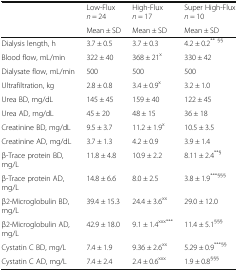
<table><thead><tr><td></td><td><b>Low-Flux<i>n</i> = 24</b></td><td><b>High-Flux<i>n</i> = 17</b></td><td><b>Super High-Flux<i>n</i> = 10</b></td></tr><tr><td></td><td><b>Mean ± SD</b></td><td><b>Mean ± SD</b></td><td><b>Mean ± SD</b></td></tr></thead><tbody><tr><td>Dialysis length, h</td><td>3.7 ± 0.5</td><td>3.7 ± 0.3</td><td>4.2 ± 0.2<sup>** §§</sup></td></tr><tr><td>Blood flow, mL/min</td><td>322 ± 40</td><td>368 ± 21<sup>x</sup></td><td>330 ± 42</td></tr><tr><td>Dialysate flow, mL/min</td><td>500</td><td>500</td><td>500</td></tr><tr><td>Ultrafiltration, kg</td><td>2.8 ± 0.8</td><td>3.4 ± 0.9<sup>x</sup></td><td>3.2 ± 1.0</td></tr><tr><td>Urea BD, mg/dL</td><td>145 ± 45</td><td>159 ± 40</td><td>122 ± 45</td></tr><tr><td>Urea AD, mg/dL</td><td>45 ± 20</td><td>48 ± 15</td><td>36 ± 18</td></tr><tr><td>Creatinine BD, mg/dL</td><td>9.5 ± 3.7</td><td>11.2 ± 1.9<sup>x</sup></td><td>10.5 ± 3.5</td></tr><tr><td>Creatinine AD, mg/dL</td><td>3.7 ± 1.3</td><td>4.2 ± 0.9</td><td>3.9 ± 1.4</td></tr><tr><td>β-Trace protein BD, mg/L</td><td>11.8 ± 4.8</td><td>10.9 ± 2.2</td><td>8.11 ± 2.4<sup>**§</sup></td></tr><tr><td>β-Trace protein AD, mg/L</td><td>14.8 ± 6.6</td><td>8.0 ± 2.5</td><td>3.8 ± 1.9<sup>***§§§</sup></td></tr><tr><td>β2-Microglobulin BD, mg/L</td><td>39.4 ± 15.3</td><td>24.4 ± 3.6<sup>xx</sup></td><td>29.0 ± 12.0</td></tr><tr><td>β2-Microglobulin AD, mg/L</td><td>42.9 ± 18.0</td><td>9.1 ± 1.4<sup>xxx***</sup></td><td>11.4 ± 5.1<sup>§§§</sup></td></tr><tr><td>Cystatin C BD, mg/L</td><td>7.4 ± 1.9</td><td>9.36 ± 2.6<sup>xx</sup></td><td>5.29 ± 0.9<sup>***§§</sup></td></tr><tr><td>Cystatin C AD, mg/L</td><td>7.4 ± 2.4</td><td>2.4 ± 0.6<sup>xxx</sup></td><td>1.9 ± 0.8<sup>§§§</sup></td></tr></tbody></table>